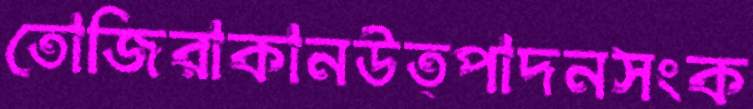
তোজিরাকানউত্পাদনসংক